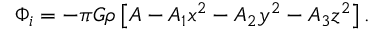
\Phi _ { i } = - \pi G \rho \left[ A - A _ { 1 } x ^ { 2 } - A _ { 2 } y ^ { 2 } - A _ { 3 } z ^ { 2 } \right] .